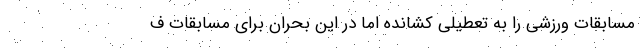
مسابقات ورزشی را به تعطیلی کشانده اما در این بحران برای مسابقات ف